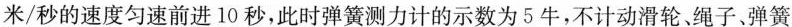
米/秒的速度匀速前进10秒，此时弹簧测力计的示数为5牛，不计动滑轮、绳子、弹簧